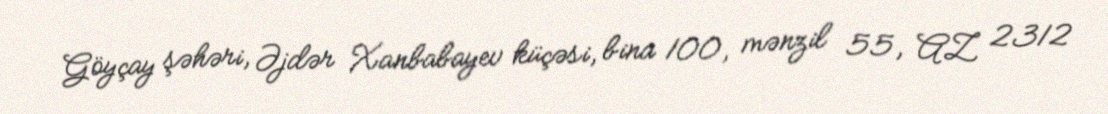
Göyçay şəhəri, Əjdər Xanbabayev küçəsi, bina 100, mənzil 55, AZ 2312